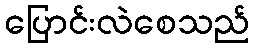
ပြောင်းလဲစေသည်